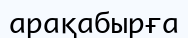
арақабырға